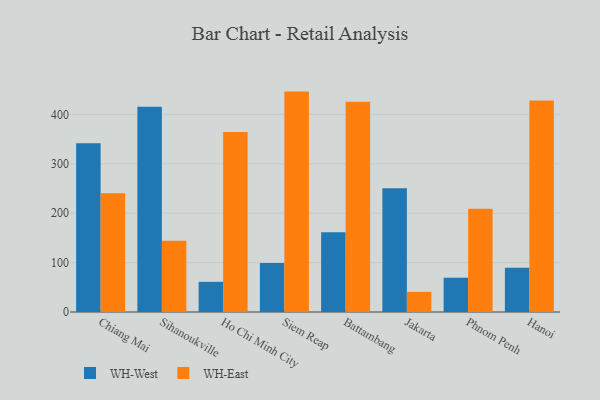
{"axis": {"x": "City", "y": "Population (Million)"}, "legend": ["WH-East", "WH-West"], "data": [{"x": "Chiang Mai", "y": 341.6, "type": "WH-West"}, {"x": "Chiang Mai", "y": 240.4, "type": "WH-East"}, {"x": "Sihanoukville", "y": 415.5, "type": "WH-West"}, {"x": "Sihanoukville", "y": 144.1, "type": "WH-East"}, {"x": "Ho Chi Minh City", "y": 61.1, "type": "WH-West"}, {"x": "Ho Chi Minh City", "y": 364.4, "type": "WH-East"}, {"x": "Siem Reap", "y": 99.0, "type": "WH-West"}, {"x": "Siem Reap", "y": 446.2, "type": "WH-East"}, {"x": "Battambang", "y": 161.5, "type": "WH-West"}, {"x": "Battambang", "y": 425.9, "type": "WH-East"}, {"x": "Jakarta", "y": 250.3, "type": "WH-West"}, {"x": "Jakarta", "y": 40.8, "type": "WH-East"}, {"x": "Phnom Penh", "y": 69.4, "type": "WH-West"}, {"x": "Phnom Penh", "y": 209.2, "type": "WH-East"}, {"x": "Hanoi", "y": 89.8, "type": "WH-West"}, {"x": "Hanoi", "y": 428.3, "type": "WH-East"}]}